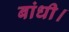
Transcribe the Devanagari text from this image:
बांधी।